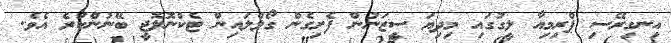
އިނގިރޭސި ޕްރިމިއާ ލީގުގައި މިދިޔަ ސީޒަނުން ފެށިގެން ގޯލްލައިން ޓެކްނޮލޮޖީ ބޭނުންކުރެ އެވެ.